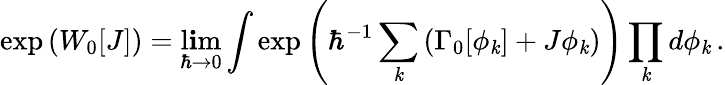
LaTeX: \exp\left(W_{0}[J]\right)=\operatorname*{l\mathbf{i}m}_{\hbar\to0}\int\exp\left(\hbar^{-1}\sum_{\mathit{k}}\left(\Gamma_{0}[\phi_{\mathit{k}}]+J\phi_{\mathit{k}}\right)\right)\prod_{\mathit{k}}d\phi_{\mathit{k}}\, .